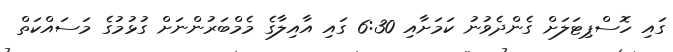
ގައި ހޮސްޕިޓަލަށް ގެންދެވުނު ކަމަށާއި 6:30 ގައި އާއިލާގެ މެމްބަރުންނަށް ގުޅުމުގެ މަސައްކަތް